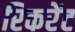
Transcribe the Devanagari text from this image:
रिकरेंट